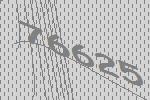
76625